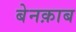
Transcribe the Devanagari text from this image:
बेनक़ाब